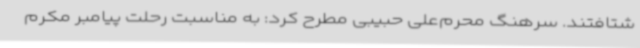
شتافتند. سرهنگ محرم‌علی حبیبی مطرح کرد: به مناسبت رحلت پیامبر مکرم